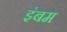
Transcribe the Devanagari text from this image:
इंबम